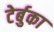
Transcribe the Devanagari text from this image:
टेर्बुका